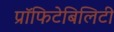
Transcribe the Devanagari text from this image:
प्रॉफिटेबिलिटी